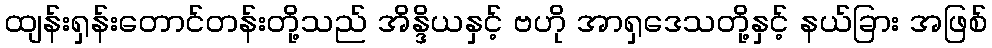
ထျန်းရှန်းတောင်တန်းတို့သည် အိန္ဒိယနှင့် ဗဟို အာရှဒေသတို့နှင့် နယ်ခြား အဖြစ်